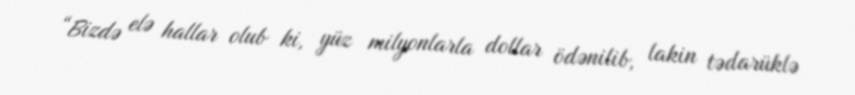
“Bizdə elə hallar olub ki, yüz milyonlarla dollar ödənilib, lakin tədarüklə